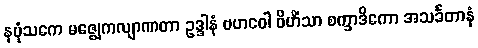
နပုံသကေ မဇ္ဈေကလျာဏတာ ဥဒ္ဒါနံ ဗဟဝေါ ဝိဟိံသာ စက္ခာဒိကော အသင်္ခတာနံ